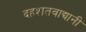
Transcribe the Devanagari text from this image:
दहशतवाद्यानी